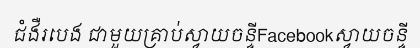
ជំងឺរបេង ជាមួយគ្រាប់ស្វាយចន្ទីFacebookស្វាយចន្ទី